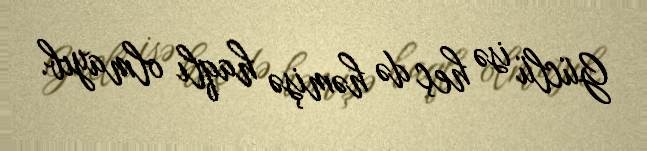
Güclü isə heç də həmişə haqlı olmayıb.